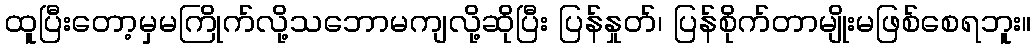
ထူပြီးတော့မှမကြိုက်လို့သဘောမကျလို့ဆိုပြီး ပြန်နှုတ်၊ ပြန်စိုက်တာမျိုးမဖြစ်စေရဘူး။